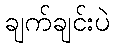
ချက်ချင်းပဲ